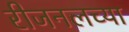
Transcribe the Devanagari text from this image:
रीजनलच्या